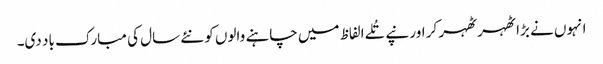
انہوں نے بڑا ٹھہر ٹھہر کر اور نپے تُلے الفاظ میں چاہنے والوں کو نئے سال کی مبارک باد دی۔